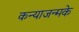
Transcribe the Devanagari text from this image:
कन्याजन्मके